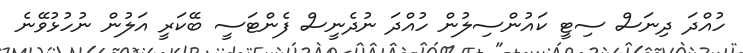
ހުއްދަ ދިނަސް ސިޓީ ކައުންސިލުން ހުއްދަ ނުދެނީސް ފެންޓަސީ ބޭކަރީ އަލުން ނުހުޅުވޭނެ